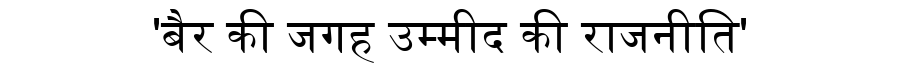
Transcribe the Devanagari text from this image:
'बैर की जगह उम्मीद की राजनीति'